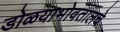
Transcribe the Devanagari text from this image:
डोळयाभोवतालचे